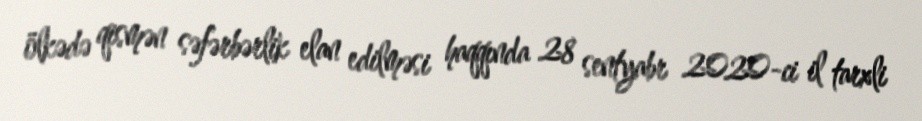
ölkədə qismən səfərbərlik elan edilməsi haqqında 28 sentyabr 2020-ci il tarxli